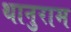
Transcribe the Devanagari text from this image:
थानुराम